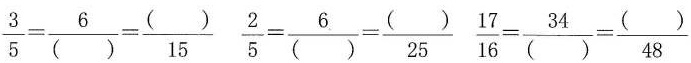
$$\frac { 3 } { 5 } = \frac { 6 } { ( ) } = \frac { ( ) } { 1 5 }$$ $$\frac { 2 } { 5 } = \frac { 6 } { ( ) } = \frac { ( ) } { 2 5 }$$ $$\frac { 1 7 } { 1 6 } = \frac { 3 4 } { ( ) } = \frac { ( ) } { 4 8 }$$